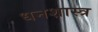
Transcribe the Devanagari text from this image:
धनशास्त्र